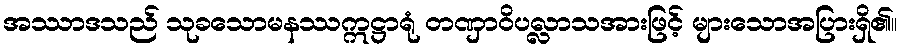
အဿာဒသည် သုခသောမနဿဣဋ္ဌာရုံ တဏှာဝိပလ္လာသအားဖြင့် များသောအပြားရှိ၏။